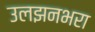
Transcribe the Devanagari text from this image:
उलझनभरा